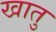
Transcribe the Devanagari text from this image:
खातु